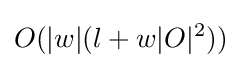
O(|w|(l+w|O|^{2}))